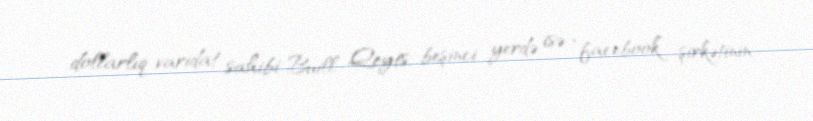
dollarlıq varidat sahibi Buill Qeyts, beşinci yerdə isə “facebook” şirkətinin